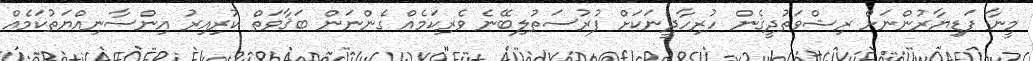
މީނާ ފަޑިޔާރުންނަށް ރިޝްވަތުދީގެން ހުރިހާދީނަކަށް ފުރުސަތުލިބޭނެ ވެރިކަމެއް ގެންނަން ބަޤާވަތް ކުރިއިރު އިންސާނިއްޔަތުކަމެއް